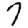
Digit: 7